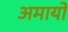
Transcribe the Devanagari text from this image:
अमायो